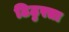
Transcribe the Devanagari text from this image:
ठिठुरता